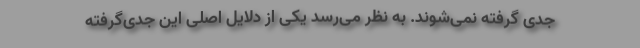
جدی گرفته نمی‌شوند. به نظر می‌رسد یکی از دلایل اصلی این جدی‌گرفته